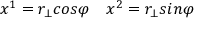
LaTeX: x ^ { 1 } = r _ { \bot } c o s \varphi \quad x ^ { 2 } = r _ { \bot } s i n \varphi